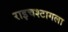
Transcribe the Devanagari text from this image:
राइचश्टागला